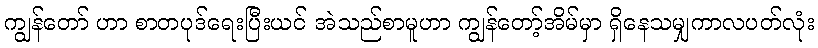
ကျွန်တော် ဟာ စာတပုဒ်ရေးပြီးယင် အဲသည်စာမူဟာ ကျွန်တော့်အိမ်မှာ ရှိနေသမျှကာလပတ်လုံး